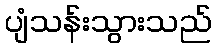
ပျံသန်းသွားသည်